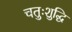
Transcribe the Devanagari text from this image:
चतुःशुद्धि